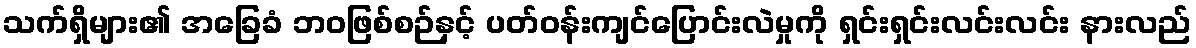
သက်ရှိများ၏ အခြေခံ ဘဝဖြစ်စဉ်နှင့် ပတ်ဝန်းကျင်ပြောင်းလဲမှုကို ရှင်းရှင်းလင်းလင်း နားလည်